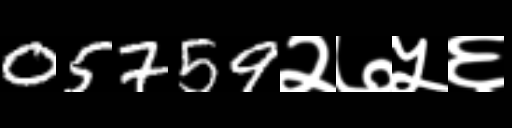
Text: 05759२७५६